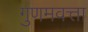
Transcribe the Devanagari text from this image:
गुणमवत्ता